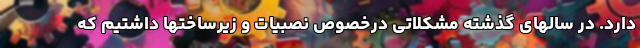
دارد. در سالهای گذشته مشکلاتی درخصوص نصبیات و زیرساختها داشتیم که